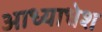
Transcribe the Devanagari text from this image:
आध्याधेश